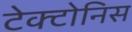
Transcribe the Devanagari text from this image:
टेक्टोनिस